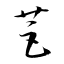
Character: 苣